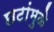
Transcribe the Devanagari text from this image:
छटांमुळे